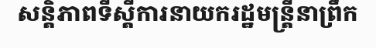
សន្តិភាពទីស្តីការនាយករដ្ឋមន្ត្រីនាព្រឹក